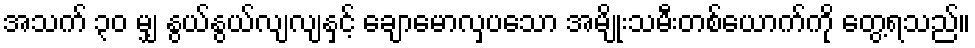
အသက် ၃၀ မျှ နွယ်နွယ်လျလျနှင့် ချောမောလှပသော အမျိုးသမီးတစ်ယောက်ကို တွေ့ရသည်။